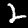
Label: 2